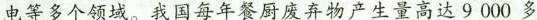
电等多个领域。我国每年餐厨废弃物产生量高达9000多